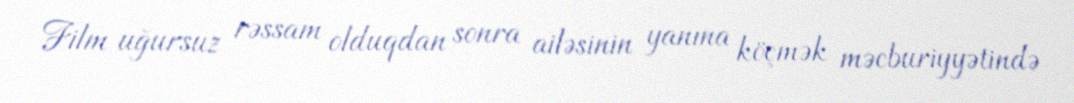
Film uğursuz rəssam olduqdan sonra ailəsinin yanına köçmək məcburiyyətində